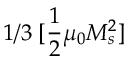
1 / 3 \; [ \frac { 1 } { 2 } \mu _ { 0 } M _ { s } ^ { 2 } ]